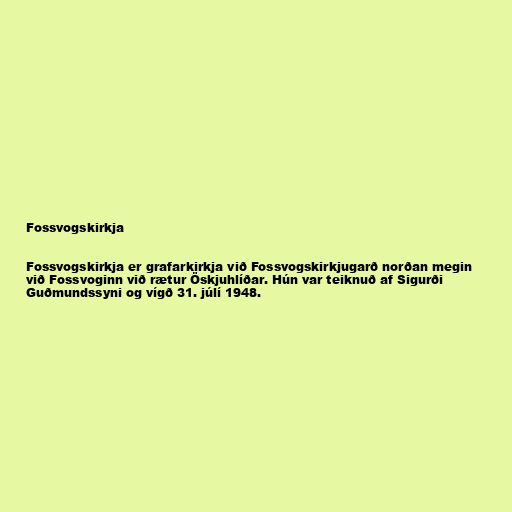
Fossvogskirkja

Fossvogskirkja er grafarkirkja við Fossvogskirkjugarð norðan megin
við Fossvoginn við rætur Öskjuhlíðar. Hún var teiknuð af Sigurði
Guðmundssyni og vígð 31. júlí 1948.